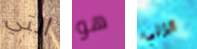
التي هو انزلي